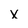
Character: x